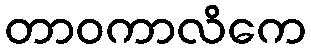
တာဝကာလိကေ